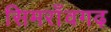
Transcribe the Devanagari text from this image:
सिमराँवगढ़